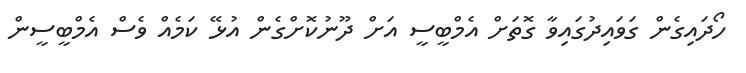
ހޯދައިގެން ގަވައިދުގައިވާ ގޮތަށް އެމްބީސީ އަށް ދޫނުކޮށްގެން އުޅޭ ކަމެއް ވެސް އެމްބީސީން